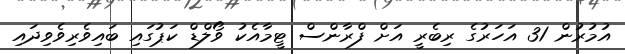
އުމުރުން 31 އަހަރުގެ ރިބެރީ އަށް ފްރާންސް ޓީމާއެކު ވޯލްޑް ކަޕުގައި ބައިވެރިވެވިދައި